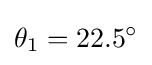
\theta _{1}=22.5^{\circ }